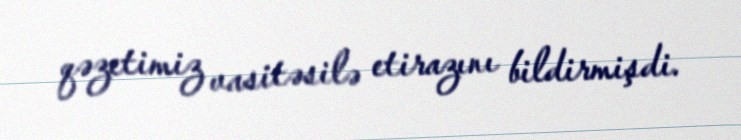
qəzetimiz vasitəsilə etirazını bildirmişdi.